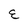
Character: E